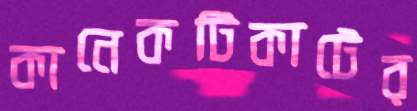
কানেকটিকাটের